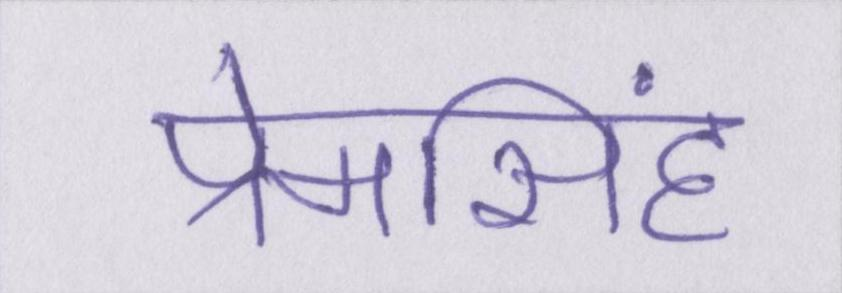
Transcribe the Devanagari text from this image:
प्रेमसिंह